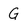
Character: G